Civil Veterinary Dept. North-West Frontier Province 1923-32 - 1923-1932
Year: 1923
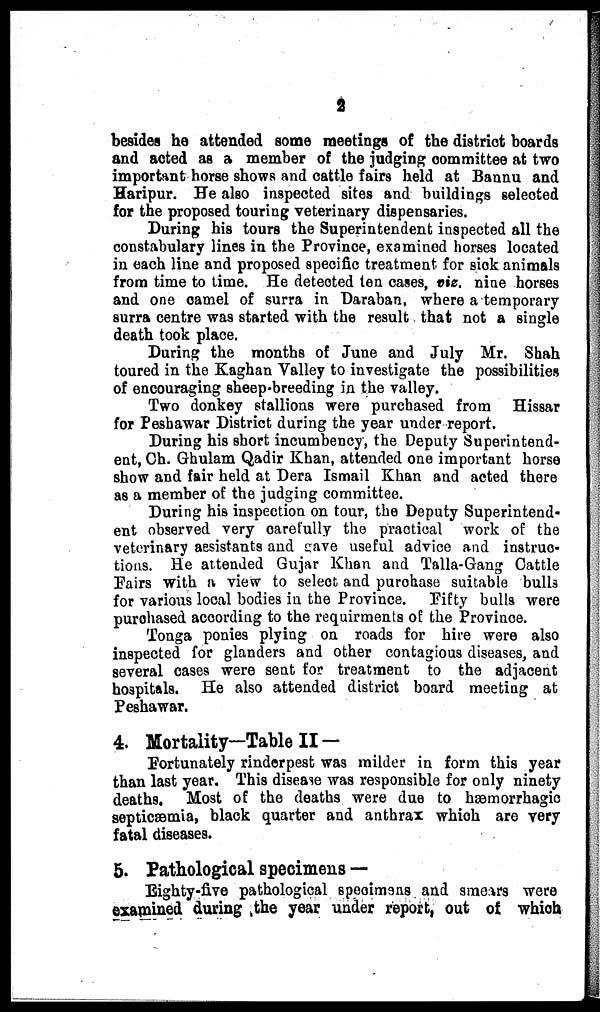
2
besides he attended some meetings of the district boards
and acted as a member of the judging committee at two
important horse shows and cattle fairs held at Bannu and
Haripur. He also inspected sites and buildings selected
for the proposed touring veterinary dispensaries.
During his tours the Superintendent inspected all the
constabulary lines in the Province, examined horses located
in each line and proposed specific treatment for sick animals
from time to time. He detected ten cases, viz. nine horses
and one camel of surra in Daraban, where a temporary
surra centre was started with the result that not a single
death took place.
During the months of June and July Mr. Shah
toured in the Kaghan Valley to investigate the possibilities
of encouraging sheep-breeding in the valley.
Two donkey stallions were purchased from Hissar
for Peshawar District during the year under report.
During his short incumbency, the Deputy Superintend-
ent, Ch. Ghulam Qadir Khan, attended one important horse
show and fair held at Dera Ismail Khan and acted there
as a member of the judging committee.
During his inspection on tour, the Deputy Superintend-
ent observed very carefully the practical work of the
veterinary assistants and gave useful advice and instruc-
tions. He attended Gujar Khan and Talla-Gang Cattle
Fairs with a view to select and purchase suitable bulls
for various local bodies in the Province. Fifty bulls were
purchased according to the requirments of the Province.
Tonga ponies plying on roads for hire were also
inspected for glanders and other contagious diseases, and
several cases were sent for treatment to the adjacent
hospitals. He also attended district board meeting at
Peshawar.
4. Mortality—Table II—
Fortunately rinderpest was milder in form this year
than last year. This disease was responsible for only ninety
deaths. Most of the deaths were due to hæmorrhagic
septicæmia, black quarter and anthrax which are very
fatal diseases.
5. Pathological specimens—
Eighty-five pathological specimens and smears were
examined during the year under report, out of which